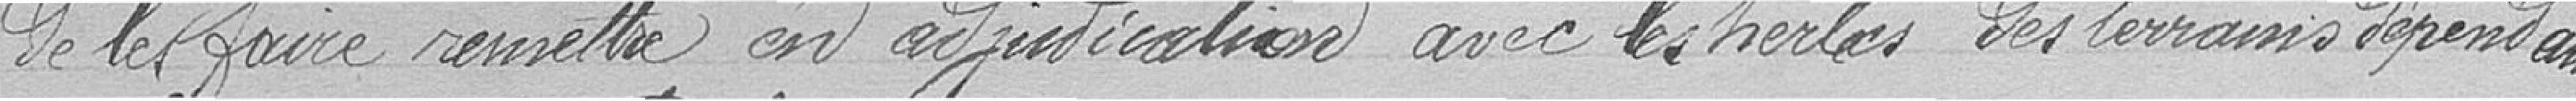
de les faire remettre en adjudication avec les herbes des terrains dépendant